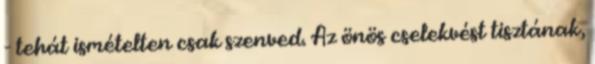
- tehát ismételten csak szenved. Az önös cselekvést tisztának,